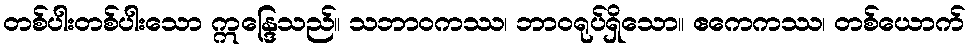
တစ်ပါးတစ်ပါးသော ဣန္ဒြေသည်။ သဘာဝကဿ၊ ဘာဝရုပ်ရှိသော။ ဧကေကဿ၊ တစ်ယောက်